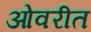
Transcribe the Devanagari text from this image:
ओवरीत